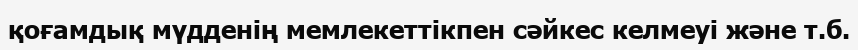
қоғамдық мүдденің мемлекеттікпен сәйкес келмеуі және т.б.